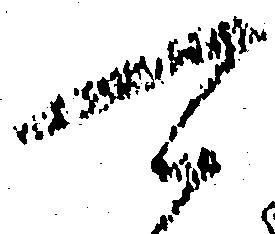
可